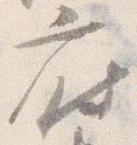
府